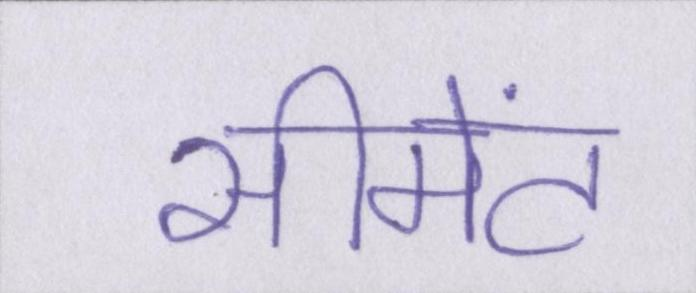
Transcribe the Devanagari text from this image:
सीमेंट